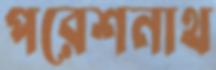
পরেশনাথ